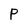
Character: P